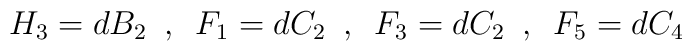
H_3=dB_2\,\,\,,\,\,\, F_1=dC_2\,\,\,,\,\,\,F_3=dC_2\,\,\,,\,\,\, F_5=dC_4